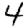
Digit: 4